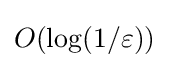
O(\log(1/\varepsilon ))